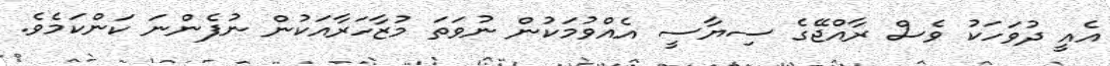
އެއީ ދުވަހަކު ވެސް ރާއްޖޭގެ ސިޔާސީ އެއްވުމަކުން ނުވަތަ މުޒާހަރާއަކުން ނުފެންނަ ކަންކަމެވެ.